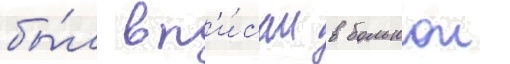
бы́л вп'и́сан в большои